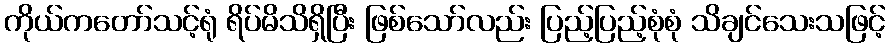
ကိုယ်ကတော်သင့်ရုံ ရိပ်မိသိရှိပြီး ဖြစ်သော်လည်း ပြည့်ပြည့်စုံစုံ သိချင်သေးသဖြင့်